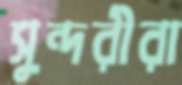
সুন্দরীরা